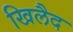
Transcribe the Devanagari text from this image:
खिलैद